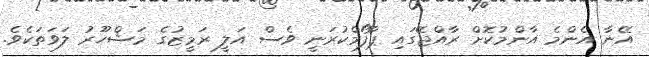
އޭނާ އެންމެ އާންމުކޮށް ރާއްޖޭގައި ޕާފޯމްކުރަނީ ވެސް އަލީ ރަމީޒުގެ މަޝްހޫރު ލަވަތަކެވެ.